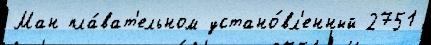
Ман пла́ват'ельном устано́вл'енный 2751